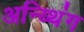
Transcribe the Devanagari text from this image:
अन्य्थिंग